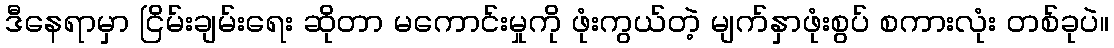
ဒီနေရာမှာ ငြိမ်းချမ်းရေး ဆိုတာ မကောင်းမှုကို ဖုံးကွယ်တဲ့ မျက်နှာဖုံးစွပ် စကားလုံး တစ်ခုပဲ။